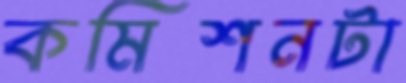
কমিশনটা